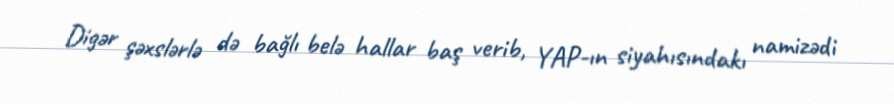
Digər şəxslərlə də bağlı belə hallar baş verib, YAP-ın siyahısındakı namizədi